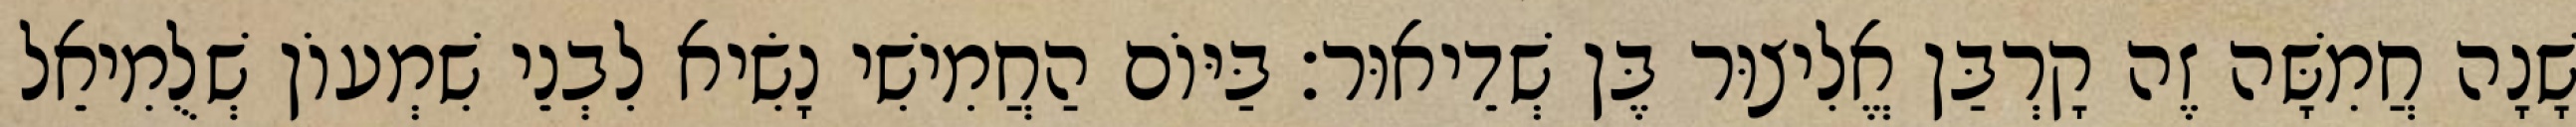
שָׁנָה חֲמִשָּׁה זֶה קָרְבַּן אֱלִיצוּר בֶּן שְׁדֵיאוּר׃ בַּיּוֹם הַחֲמִישִׁי נָשִׂיא לִבְנֵי שִׁמְעוֹן שְׁלֻמִיאֵל